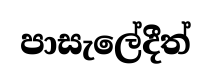
පාසැලේදීත්